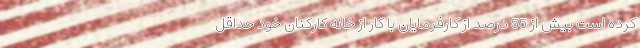
کرده است بیش از 55 درصد از کارفرمایان با کار از خانه کارکنان خود حداقل